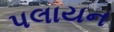
પલાયન